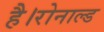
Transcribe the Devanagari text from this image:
है।रोनाल्ड